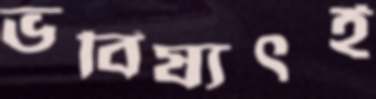
ভবিষ্যৎই